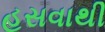
હસવાથી